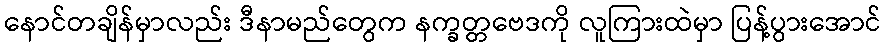
နောင်တချိန်မှာလည်း ဒီနာမည်တွေက နက္ခတ္တဗေဒကို လူကြားထဲမှာ ပြန့်ပွားအောင်